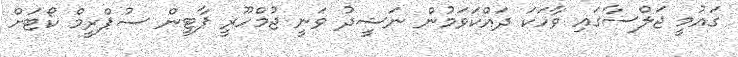
ގައުމީ ޖަލްސާގައި ވާހަކަ ދައްކަވަމުން ނަޝީދު ވަނީ ޖުމްހޫރީ ޕާޓީން ސުޕްރީމް ކޯޓަށް